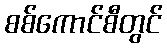
စစ်ကောင်စီတွင်